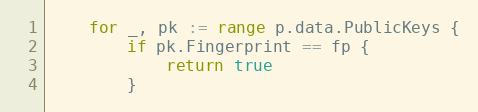
Language: Go
	for _, pk := range p.data.PublicKeys {
		if pk.Fingerprint == fp {
			return true
		}